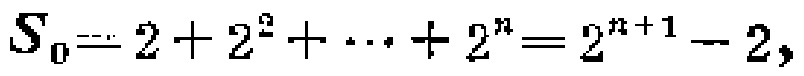
$S_{0}=2 + 2^{2}+\cdots+ 2^{n}=2^{n + 1}-2,$